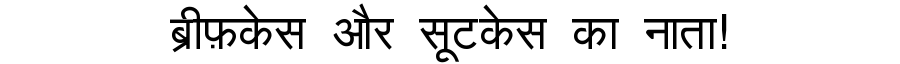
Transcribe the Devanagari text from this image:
ब्रीफ़केस और सूटकेस का नाता!